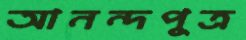
আনন্দপুত্র